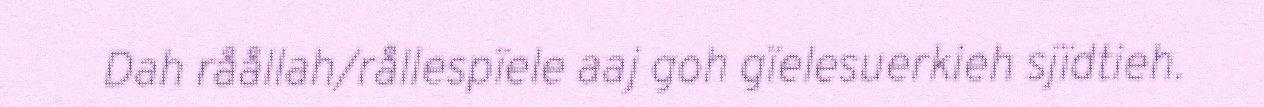
Dah råållah/rållespïele aaj goh gïelesuerkieh sjïdtieh.